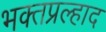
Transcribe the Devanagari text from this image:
भक्तप्रल्हाद